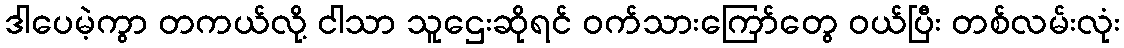
ဒါပေမဲ့ကွာ တကယ်လို့ ငါသာ သူဌေးဆိုရင် ဝက်သားကြော်တွေ ဝယ်ပြီး တစ်လမ်းလုံး